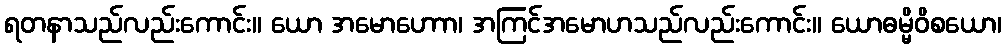
ရတနာသည်လည်းကောင်း။ ယော အမောဟောာ၊ အကြင်အမောဟသည်လည်းကောင်း။ ယောဓမ္မိဝိစယော၊